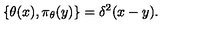
\{ \theta ( x ) , \pi _ { \theta } ( y ) \} = \delta ^ { 2 } ( x - y ) .